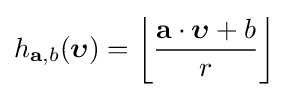
h_{\mathbf {a} ,b}({\boldsymbol {\upsilon }})=\left\lfloor {\frac {\mathbf {a} \cdot {\boldsymbol {\upsilon }}+b}{r}}\right\rfloor